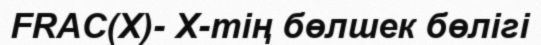
FRAC(X)- Х-тің бөлшек бөлігі